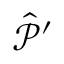
{ \hat { \mathcal { P } } } ^ { \prime }